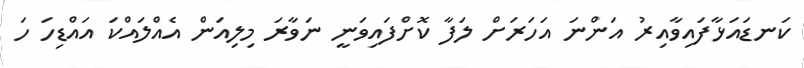
ކަނޑައަޅާފައިވާއިރު އަންނަ އަހަރަށް ލަފާ ކޮށްފައިވަނީ ނަވާރަ މިލިއަން އެއްލައްކަ އައްޑިހަ ހަ